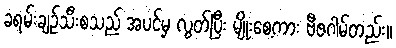
ခရမ်းချဉ်သီးစသည် အပင်မှ လွတ်ပြီး မျိုးစေ့ကား ဗီဇဂါမ်တည်း။